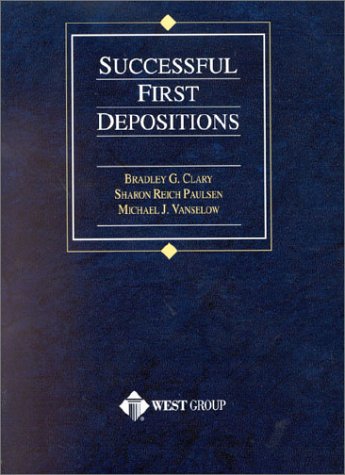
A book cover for Clary's Successful First Depositions (American Casebook SeriesÂ®) (American Casebook Series and Other Coursebooks); Bradley G. Clary; Law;